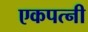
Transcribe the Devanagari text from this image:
एकपत्‍नी